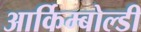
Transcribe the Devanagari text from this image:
आर्किम्बोल्डी